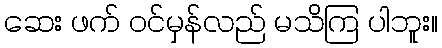
ဆေး ဖက် ဝင်မှန်လည် မသိကြ ပါဘူး။